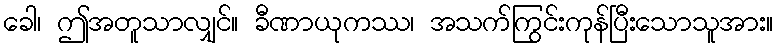
ခေါ၊ ဤအတူသာလျှင်။ ခီဏာယုကဿ၊ အသက်ကြွင်းကုန်ပြီးသောသူအား။